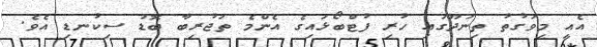
އެއީ މިވަގުތު ތިނަދޫގައި ހުރި ފުޓްބޯޅައިގެ އެންމެ ތަޖުރިބާ ބޮޑު ސިކުނޑި އެވެ.